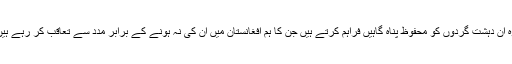
وہ ان دہشت گردوں کو محفوظ پناہ گاہیں فراہم کرتے ہیں جن کا ہم افغانستان میں ان کی نہ ہونے کے برابر مدد سے تعاقب کر رہے ہیں۔